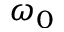
\omega _ { 0 }